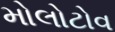
મોલોટોવ